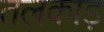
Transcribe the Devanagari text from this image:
तलकाड़